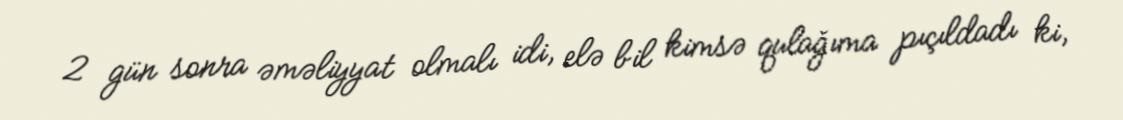
2 gün sonra əməliyyat olmalı idi, elə bil kimsə qulağıma pıçıldadı ki,